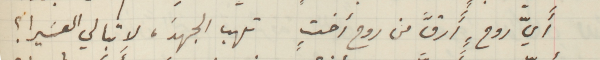
أَيّ روحٍ أَرقَّ من روح أختٍ تهب الجهدَ، لا تبالي العسَيرا؟